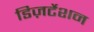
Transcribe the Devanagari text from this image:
डिज़र्टेशन